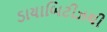
ડાયાબિટીઝથી